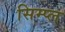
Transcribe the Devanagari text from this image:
सिम्प्ल